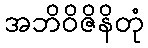
အဘိဝိဇိနိတုံ